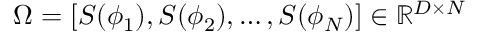
\Omega = [ S ( \phi _ { 1 } ) , S ( \phi _ { 2 } ) , \ldots , S ( \phi _ { N } ) ] \in \mathbb { R } ^ { D \times N }